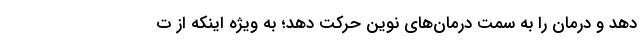
دهد و درمان را به سمت درمان‌های نوین حرکت دهد؛ به ویژه اینکه از ت